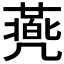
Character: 𠙯